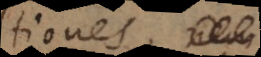
tiones.